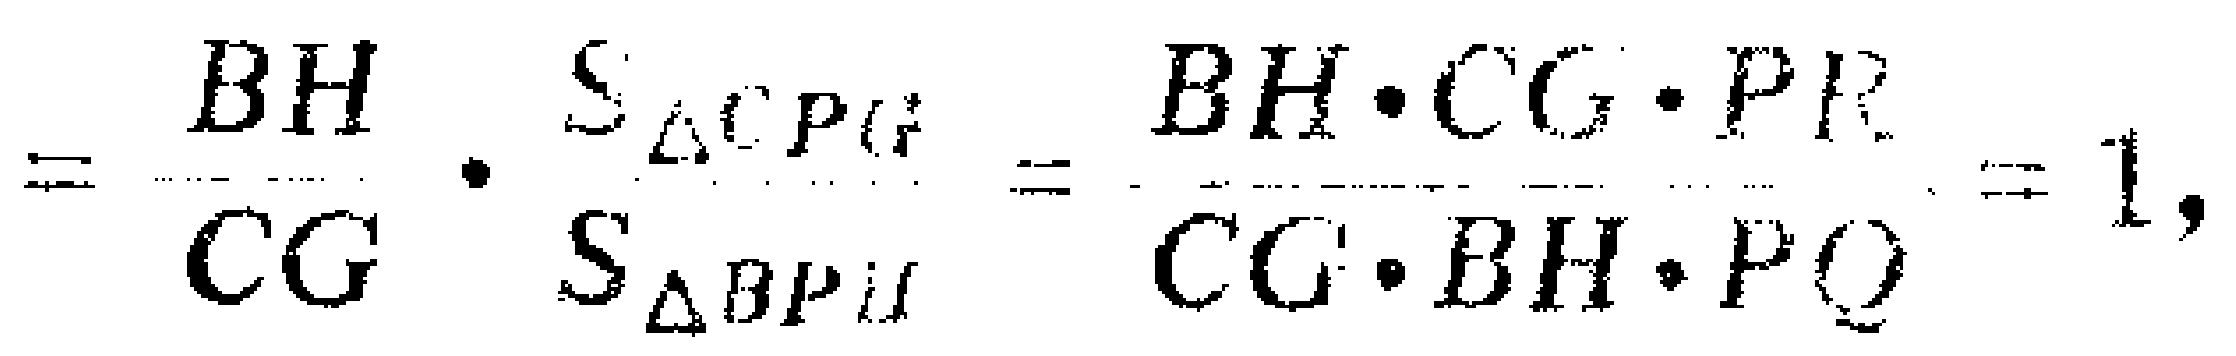
\[

=\frac{BH}{CG}\cdot\frac{S_{\triangle CPG}}{S_{\triangle BPH}}=\frac{BH\cdot CG\cdot PR}{CG\cdot BH\cdot PQ}=1,

\]